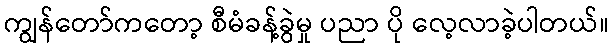
ကျွန်တော်ကတော့ စီမံခန့်ခွဲမှု ပညာ ပို လေ့လာခဲ့ပါတယ်။